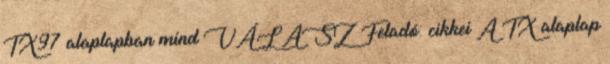
TX97 alaplapban mind VÁLASZ Feladó: cikkei A TX alaplap